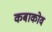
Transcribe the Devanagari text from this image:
कबाकोव